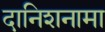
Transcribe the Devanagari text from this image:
दानिशनामा